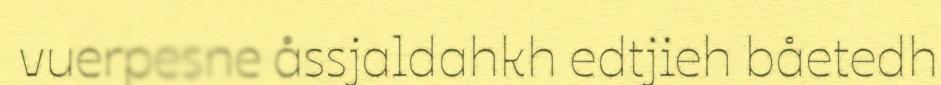
vuerpesne åssjaldahkh edtjieh båetedh